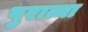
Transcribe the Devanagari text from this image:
पुरात्मा